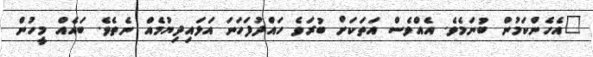
"އެހެންކަމުން ބުނަމެވެ. އެއްވެސް އަތަކަށް ބުރަވެ ހައްދުފަހަނަ އަޅައިދިޔުމެއް ނެތެވެ. ބައެއް މީހުން